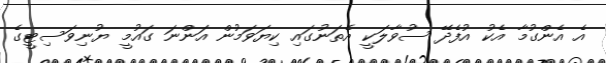
އެ އެންގުމާ އެކު އުފެދޭ ސުވާލަކީ އެތަނުގައި ކިޔަވަމުން އަންނަ ގައުމީ ޔުނިވަސިޓީގެ